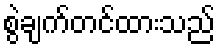
စွဲချက်တင်ထားသည်